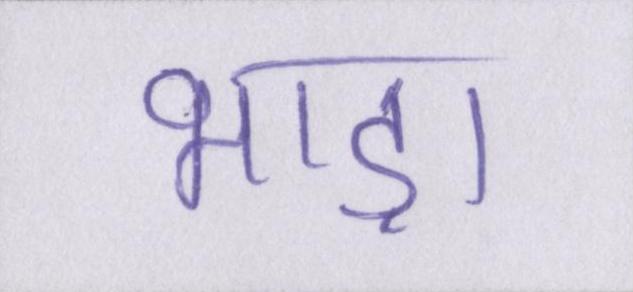
भाड़ा